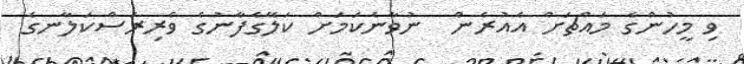
ވި މީހުންގެ މައްޗަށް އެއުރެން  ނުވާނެކަމަށް ކަލޭގެފާނުގެ ވެރިރަސްކަލާނގެ